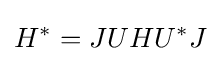
\displaystyle {H^{*}=JUHU^{*}J}